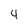
Character: 4